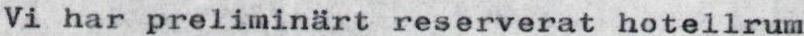
Vi har preliminärt reserverat hotellrum